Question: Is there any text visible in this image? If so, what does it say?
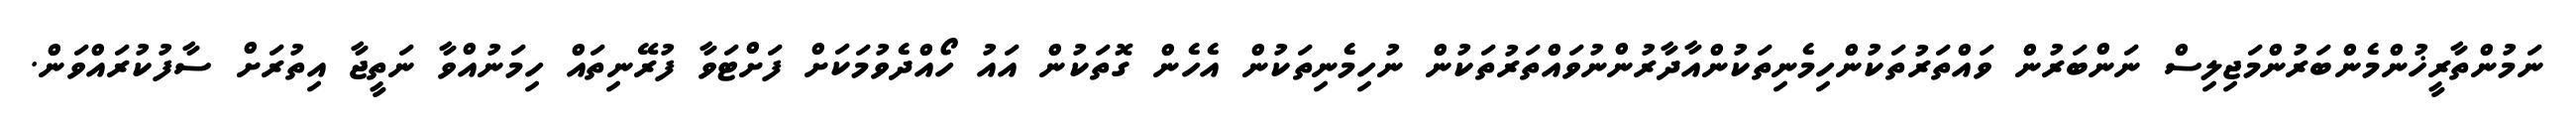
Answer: ނަމުންތާރީޚުންމެންބަރުންމަޖިލިސް ނަންބަރުން ވައްތަރުތަކުންހިމެނިތަކުންއާދާރުންނުވައްތަރުތަކުން ނުހިމެނިތަކުން އެހެން ގޮތަކުން އައު ހޯއްދެވުމަކަށް ފަށްޓަވާ ފުރޭނިތައް ހިމަނުއްވާ ނަތީޖާ އިތުރަށް ސާފުކުރައްވަން.